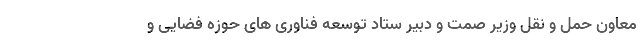
معاون حمل و نقل وزیر صمت و دبیر ستاد توسعه فناوری های حوزه فضایی و